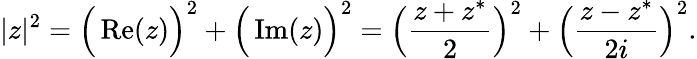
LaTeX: |z|^{2}={\Big(}\operatorname{Re}(z){\Big)}^{2}+{\Big(}\operatorname{Im}(z){\Big)}^{2}={\Big(}{\frac{z+z^{\ast}}{2}}{\Big)}^{2}+{\Big(}{\frac{z-z^{\ast}}{2i}}{\Big)}^{2}.